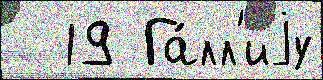
  19 Га́лл'иjу